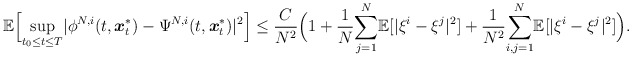
\begin{align*}\mathbb{E}\Big[\underset{t_0\leq t\leq T}{\sup}|\phi^{N,i}(t,\boldsymbol{x}_t^*)-\Psi^{N,i}(t,\boldsymbol{x}_t^*)|^2\Big]\leq\frac{C}{N^2}\Big(1+\frac{1}{N}\underset{j=1}{\overset{N}\sum}\mathbb{E}[|\xi^i-\xi^j|^2]+\frac{1}{N^2}\underset{i,j=1}{\overset{N}{\sum}}\mathbb{E}[|\xi^{i}-\xi^{j}|^2]\Big).\end{align*}